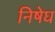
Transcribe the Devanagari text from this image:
निषेघ